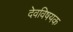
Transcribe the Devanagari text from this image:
देवविषयक